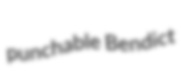
punchable Bendict